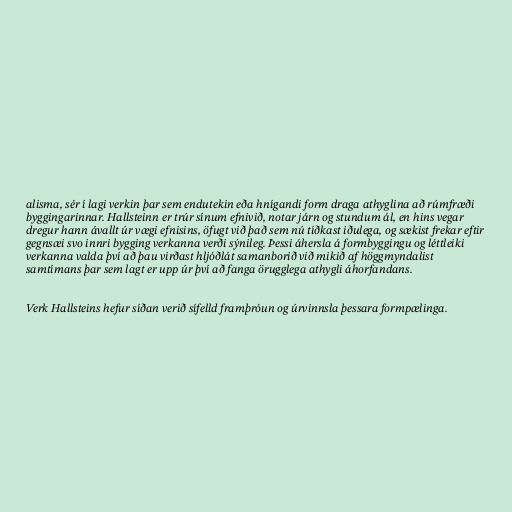
alisma, sér í lagi verkin þar sem endutekin eða hnígandi form draga athyglina að rúmfræði
byggingarinnar. Hallsteinn er trúr sínum efnivið, notar járn og stundum ál, en hins vegar
dregur hann ávallt úr vægi efnisins, öfugt við það sem nú tíðkast iðulega, og sækist frekar eftir
gegnsæi svo innri bygging verkanna verði sýnileg. Þessi áhersla á formbyggingu og léttleiki
verkanna valda því að þau virðast hljóðlát samanborið við mikið af höggmyndalist
samtímans þar sem lagt er upp úr því að fanga örugglega athygli áhorfandans.

Verk Hallsteins hefur síðan verið sífelld framþróun og úrvinnsla þessara formpælinga.